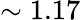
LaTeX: \sim 1.17